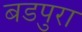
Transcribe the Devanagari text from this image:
बडपुरा